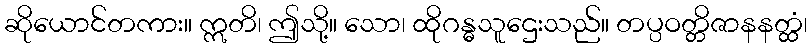
ဆိုယောင်တကား။ ဣတိ၊ ဤသို့။ သော၊ ထိုဂန္ဓသူဌေးသည်။ တပ္ပဝတ္တိဇာနနတ္ထံ၊